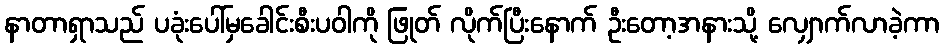
နာတာရှာသည် ပခုံးပေါ်မှခေါင်းစီးပဝါကို ဖြုတ် လိုက်ပြီးနောက် ဦးတော့အနားသို့ လျှောက်လာခဲ့ကာ